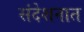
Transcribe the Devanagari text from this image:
संदेशनात